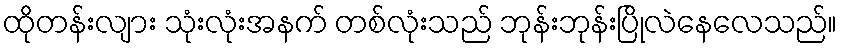
ထိုတန်းလျား သုံးလုံးအနက် တစ်လုံးသည် ဘုန်းဘုန်းပြိုလဲနေလေသည်။